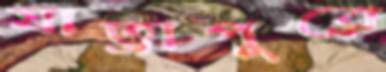
যাত্রাপুরে